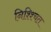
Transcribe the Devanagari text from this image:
निश्श्चित